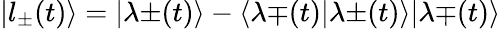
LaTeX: |l_{\pm}(t)\rangle=|\lambda{\pm}(t)\rangle-\langle\lambda{\mp}(t)|\lambda{\pm}(t)\rangle|\lambda{\mp}(t)\rangle